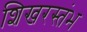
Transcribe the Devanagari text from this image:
शिखरस्तंभ